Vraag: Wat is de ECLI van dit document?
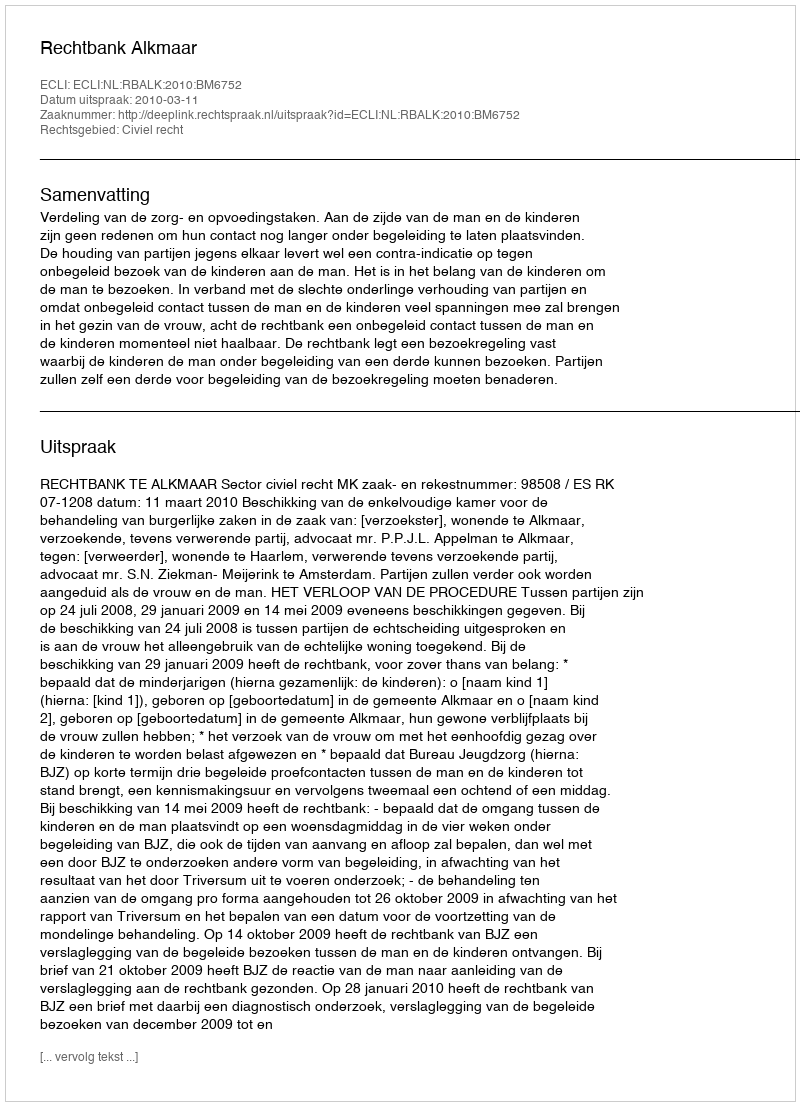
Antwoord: ECLI:NL:RBALK:2010:BM6752